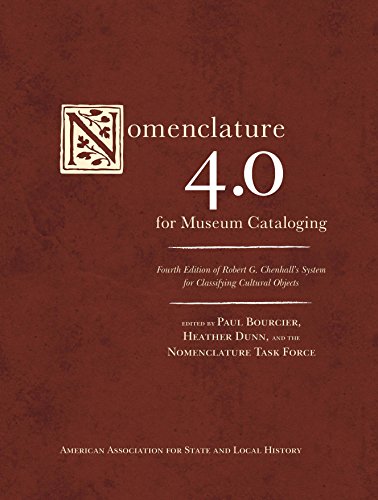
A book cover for Nomenclature 4.0 for Museum Cataloging: Robert G. Chenhall's System for Classifying Cultural Objects (American Association for State and Local History); Business & Money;